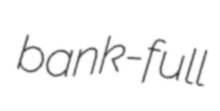
bank-full